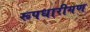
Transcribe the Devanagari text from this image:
रूपधारीगण